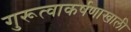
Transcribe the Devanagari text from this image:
गुरूत्वाकर्षणाखाली